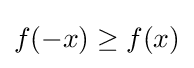
f(-x)\geq f(x)